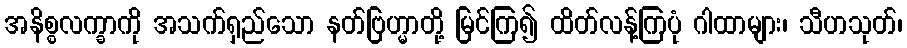
အနိစ္စလက္ခာကို အသက်ရှည်သော နတ်ဗြဟ္မာတို့ မြင်ကြ၍ ထိတ်လန့်ကြပုံ ဂါထာများ၊ သီဟသုတ်၊